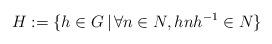
LaTeX: \begin{align*}H := \{ h \in G \, | \, \forall n \in N, h n h^{-1} \in N \}\end{align*}